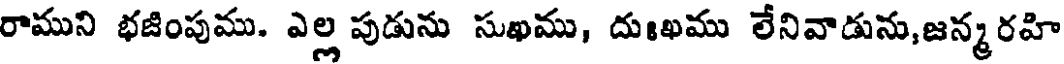
రాముని భజింపుము. ఎల్ల పుడును సుఖము, దుఃఖము లేనివాడును,జన్మరహి